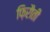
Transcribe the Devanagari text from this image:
फ़िरौती